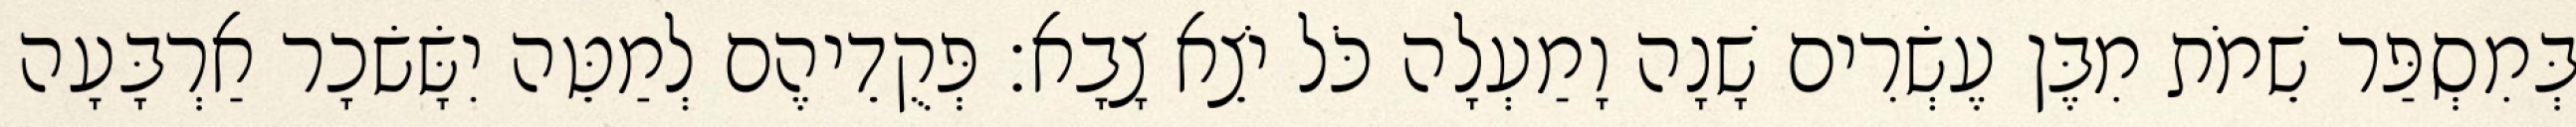
בְּמִסְפַּר שֵׁמֹת מִבֶּן עֶשְׂרִים שָׁנָה וָמַעְלָה כֹּל יֹצֵא צָבָא׃ פְּקֻדֵיהֶם לְמַטֵּה יִשָּׂשׂכָר אַרְבָּעָה